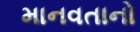
માનવતાનો